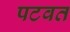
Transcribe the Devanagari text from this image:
पटवत